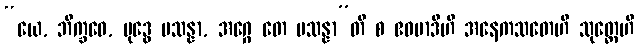
“ယေ, ဘိက္ခဝေ, ဗုဒ္ဓေ ပသန္နာ, အဂ္ဂေ တေ ပသန္နာ”တိ စ ဧဝမာဒီဟိ အနေကသတေဟိ သုတ္တေဟိ